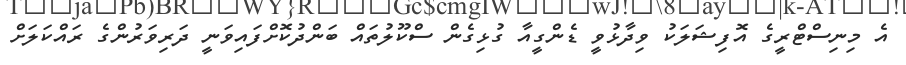
އެ މިނިސްޓްރީގެ އޮފިޝަލަކު ވިދާޅުވީ ޑެންގީއާ ގުޅިގެން ސްކޫލުތައް ބަންދުކޮށްފައިވަނީ ދަރިވަރުންގެ ރައްކަލަށް